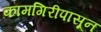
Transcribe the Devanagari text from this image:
कामगिरीपासून